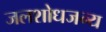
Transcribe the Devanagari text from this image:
जलशोधजन्य